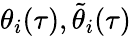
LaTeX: \theta_{i}(\tau),\tilde{\theta}_{i}(\tau)